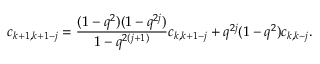
c _ { k + 1 , k + 1 - j } = \frac { ( 1 - q ^ { 2 } ) ( 1 - q ^ { 2 j } ) } { 1 - q ^ { 2 ( j + 1 ) } } c _ { k , k + 1 - j } + q ^ { 2 j } ( 1 - q ^ { 2 } ) c _ { k , k - j } .